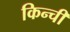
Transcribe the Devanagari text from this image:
किन्ची